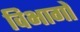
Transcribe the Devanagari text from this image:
विभागों